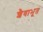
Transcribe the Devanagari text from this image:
शैवाभूत